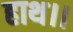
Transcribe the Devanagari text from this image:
हाथ।।